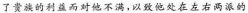
了贵族的利益而对他不满，以致他处在左右两派的